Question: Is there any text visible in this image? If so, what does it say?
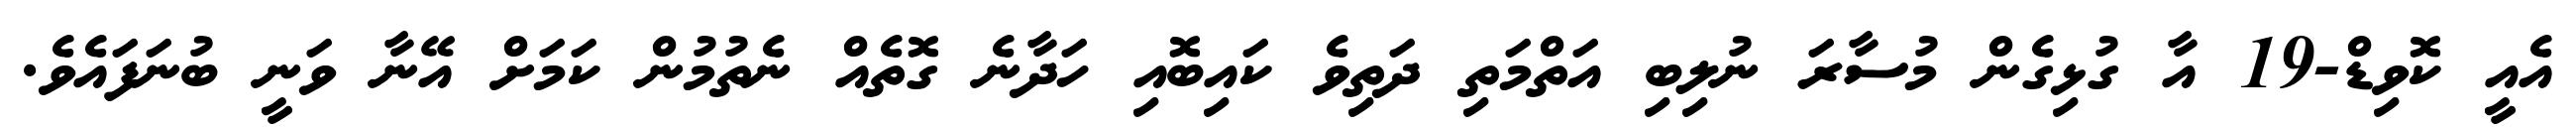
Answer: އެއީ ކޮވިޑް-19 އާ ގުޅިގެން މުސާރަ ނުލިބި އަތްމަތި ދަތިވެ ކައިބޮއި ހަދާނެ ގޮތެއް ނެތުމުން ކަމަށް އޭނާ ވަނީ ބުނަފައެވެ.